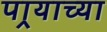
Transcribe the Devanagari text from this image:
पार्‍याच्या